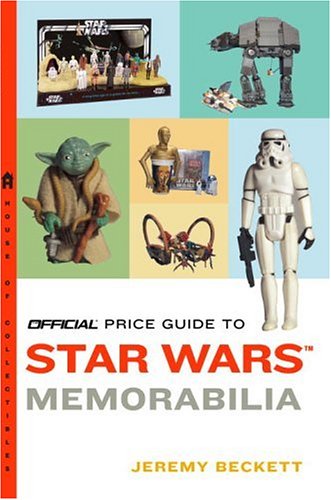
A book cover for Official Price Guide to Star Wars Memorabilia; Jeremy Beckett; Crafts, Hobbies & Home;